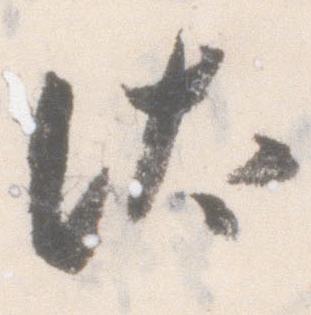
汰